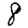
Digit: 8